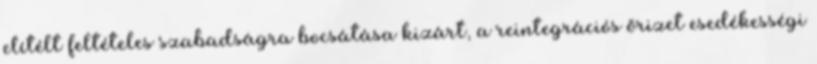
elítélt feltételes szabadságra bocsátása kizárt, a reintegrációs őrizet esedékességi